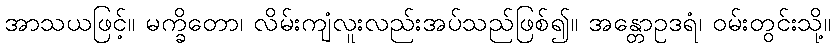
အာသယဖြင့်။ မက္ခိတော၊ လိမ်းကျံလူးလည်းအပ်သည်ဖြစ်၍။ အန္တောဥဒရံ၊ ဝမ်းတွင်းသို့။